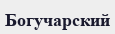
Богучарский